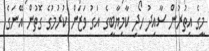
މީގެ އިތުރުން ސާއިދު ހޯދި ކާމިޔާބީގެ އަގު ވަޒަން ކުރުމުގެ ގޮތުން އޭނަގެ